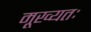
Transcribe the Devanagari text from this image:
मूख्यतः